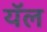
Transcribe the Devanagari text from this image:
यॅल